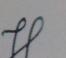
Signature authenticity: genuine